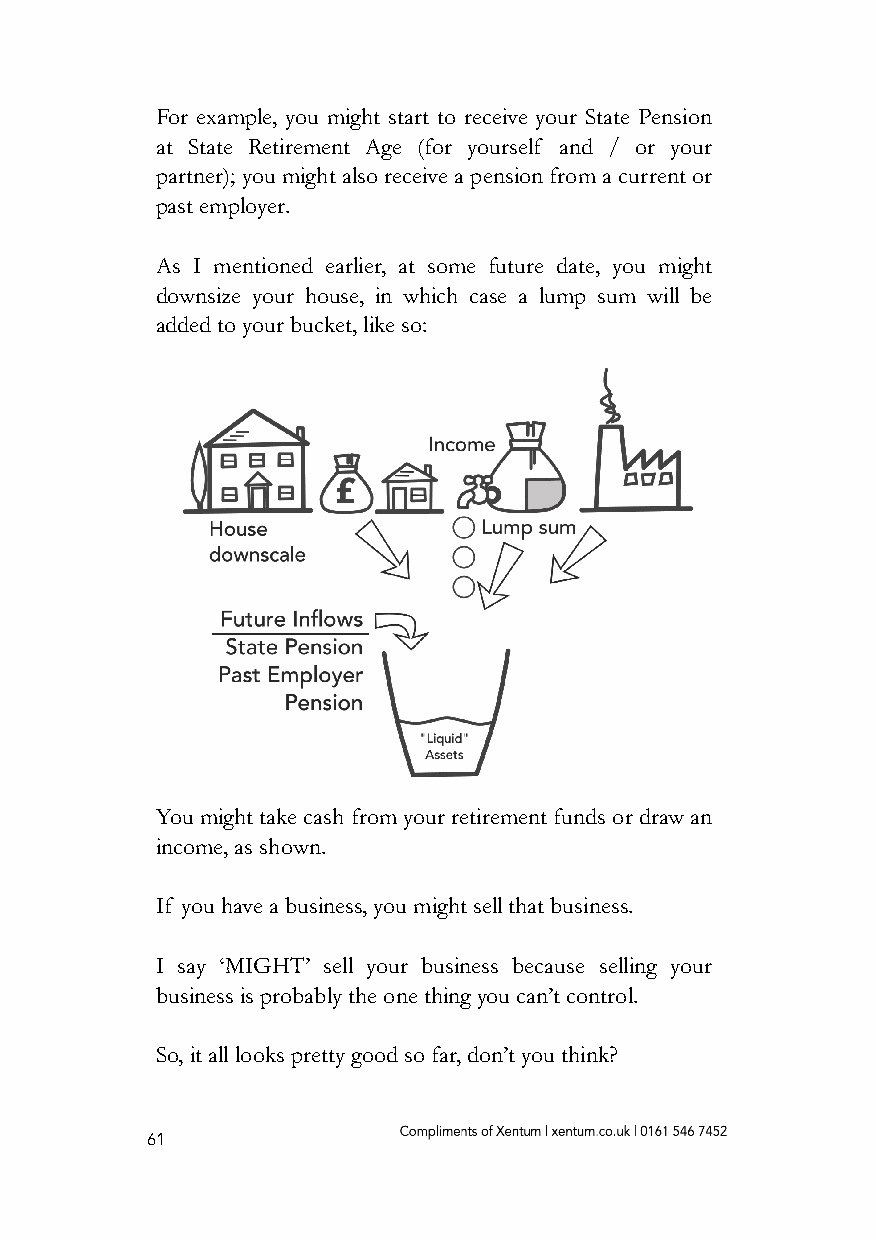
For example, you might start to receive your State Pension
 at State Retirement Age (for yourself and / or your
 partner); you might also receive a pension from a current or
 past employer.
 As I mentioned earlier, at some future date, you might
 downsize your house, in which case a lump sum will be
 added to your bucket, like so:
 You might take cash from your retirement funds or draw an
 income, as shown.
 If you have a business, you might sell that business.
 I say ‘MIGHT’ sell your business because selling your
 business is probably the one thing you can’t control.
 So, it all looks pretty good so far, don’t you think?
 61